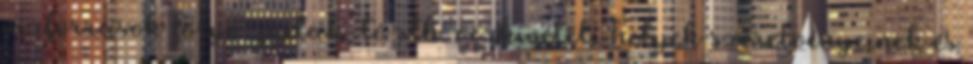
vízforrások folyó, patak, tó stb. vízkivételi helyek szerelvényeinek és